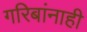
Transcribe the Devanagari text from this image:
गरिबांनाही